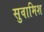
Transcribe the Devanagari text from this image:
सुवामिश